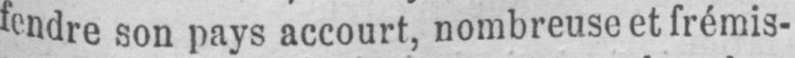
fendre son pays accourt, nombreuse et frémis-